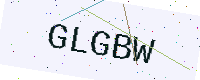
Text: GLGBW